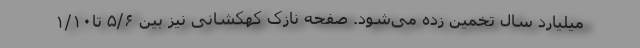
میلیارد سال تخمین زده می‌شود. صفحهٔ نازک کهکشانی نیز بین ۵/۶ تا۱/۱۰